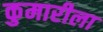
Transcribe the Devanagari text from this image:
कुमारीला